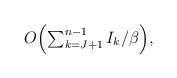
LaTeX: \begin{align*} O\Bigl(\textstyle \sum_{k=J+1}^{n-1} I_k/\beta\Bigr),\end{align*}